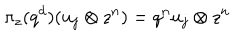
LaTeX: \pi _ { z } ( q ^ { d } ) ( u _ { j } \otimes z ^ { n } ) = q ^ { n } u _ { j } \otimes z ^ { n }